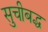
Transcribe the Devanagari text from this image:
सुचीबद्ध